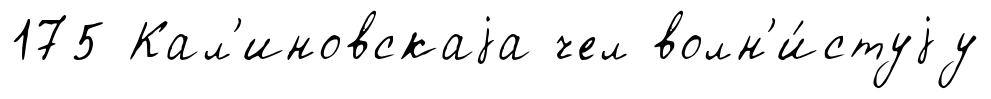
175 Кал'иновскаjа чел волн'и́стуjу